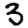
Digit: 3